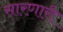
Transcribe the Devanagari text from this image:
सारणारी